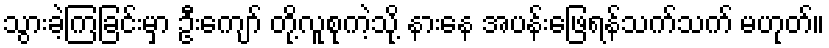
သွားခဲ့ကြခြင်းမှာ ဦးကျော် တို့လူစုကဲ့သို့ နားနေ အပန်းဖြေရန်သက်သက် မဟုတ်။